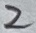
Text: 2